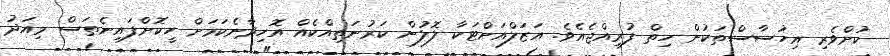
ކުށްވެރި އިހުސާސްތަކުން ހިތް ފުރިއްޖެއެވެ. އަޒަލްއަށްޓަކާ ލޮލުން ކަރުނަތިއްކެއް އޮހިދާނެކަމަށް ހީކޮށްފައިނެތަސް މިއަދު